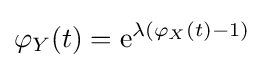
\varphi _{Y}(t)={\textrm {e}}^{\lambda (\varphi _{X}(t)-1)}